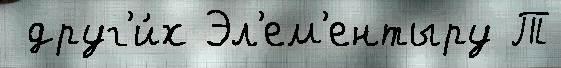
 друг'и́х Эл'ем'ентыру Т